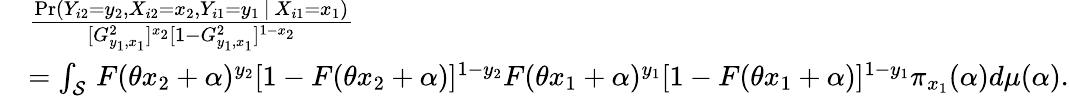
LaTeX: \begin{array}{rl}&{\frac{\operatorname*{Pr}\left(Y_{i2}=y_{2},X_{i2}=x_{2},Y_{i1}=y_{1}\, |\, X_{i1}=x_{1}\right)}{[G_{y_{1},x_{1}}^{2}]^{x_{2}}[1-G_{y_{1},x_{1}}^{2}]^{1-x_{2}}}}\\ &{=\int_{{\cal{S}}}\, F(\theta x_{2}+\alpha)^{y_{2}}[1-F(\theta x_{2}+\alpha)]^{1-y_{2}}F(\theta x_{1}+\alpha)^{y_{1}}[1-F(\theta x_{1}+\alpha)]^{1-y_{1}}\pi_{x_{1}}(\alpha)d\mu(\alpha).}\end{array}